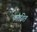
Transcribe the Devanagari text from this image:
काढित